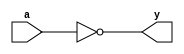
// input external delay: 4 ns
// in delay: 0.011365 ns
// input delay: 0.010861 ns
// output delay: 0.175128 ns
// out delay: 0.000627 ns
// total extra delay: 4.197981 ns
// critical path time: 7.906923 ns
// total inverter delay needed: 7.906923 - 4.197981 = 3.708942 ns
// average one inverter delay: 0.03012 ns
// inverters needed: 120

module inverter(input wire a, output wire y);
    not (y, a);
endmodule

module mmu_replica(input wire in, output wire out);
	wire [118:0] interconnections; // Wires to connect inverters

	// Instantiate 72 inverters and chain them
	inverter inv0(in, interconnections[0]);
	inverter inv1(interconnections[0], interconnections[1]);
	inverter inv2(interconnections[1], interconnections[2]);
	inverter inv3(interconnections[2], interconnections[3]);
	inverter inv4(interconnections[3], interconnections[4]);
	inverter inv5(interconnections[4], interconnections[5]);
	inverter inv6(interconnections[5], interconnections[6]);
	inverter inv7(interconnections[6], interconnections[7]);
	inverter inv8(interconnections[7], interconnections[8]);
	inverter inv9(interconnections[8], interconnections[9]);
	inverter inv10(interconnections[9], interconnections[10]);
	inverter inv11(interconnections[10], interconnections[11]);
	inverter inv12(interconnections[11], interconnections[12]);
	inverter inv13(interconnections[12], interconnections[13]);
	inverter inv14(interconnections[13], interconnections[14]);
	inverter inv15(interconnections[14], interconnections[15]);
	inverter inv16(interconnections[15], interconnections[16]);
	inverter inv17(interconnections[16], interconnections[17]);
	inverter inv18(interconnections[17], interconnections[18]);
	inverter inv19(interconnections[18], interconnections[19]);
	inverter inv20(interconnections[19], interconnections[20]);
	inverter inv21(interconnections[20], interconnections[21]);
	inverter inv22(interconnections[21], interconnections[22]);
	inverter inv23(interconnections[22], interconnections[23]);
	inverter inv24(interconnections[23], interconnections[24]);
	inverter inv25(interconnections[24], interconnections[25]);
	inverter inv26(interconnections[25], interconnections[26]);
	inverter inv27(interconnections[26], interconnections[27]);
	inverter inv28(interconnections[27], interconnections[28]);
	inverter inv29(interconnections[28], interconnections[29]);
	inverter inv30(interconnections[29], interconnections[30]);
	inverter inv31(interconnections[30], interconnections[31]);
	inverter inv32(interconnections[31], interconnections[32]);
	inverter inv33(interconnections[32], interconnections[33]);
	inverter inv34(interconnections[33], interconnections[34]);
	inverter inv35(interconnections[34], interconnections[35]);
	inverter inv36(interconnections[35], interconnections[36]);
	inverter inv37(interconnections[36], interconnections[37]);
	inverter inv38(interconnections[37], interconnections[38]);
	inverter inv39(interconnections[38], interconnections[39]);
	inverter inv40(interconnections[39], interconnections[40]);
	inverter inv41(interconnections[40], interconnections[41]);
	inverter inv42(interconnections[41], interconnections[42]);
	inverter inv43(interconnections[42], interconnections[43]);
	inverter inv44(interconnections[43], interconnections[44]);
	inverter inv45(interconnections[44], interconnections[45]);
	inverter inv46(interconnections[45], interconnections[46]);
	inverter inv47(interconnections[46], interconnections[47]);
	inverter inv48(interconnections[47], interconnections[48]);
	inverter inv49(interconnections[48], interconnections[49]);
	inverter inv50(interconnections[49], interconnections[50]);
	inverter inv51(interconnections[50], interconnections[51]);
	inverter inv52(interconnections[51], interconnections[52]);
	inverter inv53(interconnections[52], interconnections[53]);
	inverter inv54(interconnections[53], interconnections[54]);
	inverter inv55(interconnections[54], interconnections[55]);
	inverter inv56(interconnections[55], interconnections[56]);
	inverter inv57(interconnections[56], interconnections[57]);
	inverter inv58(interconnections[57], interconnections[58]);
	inverter inv59(interconnections[58], interconnections[59]);
	inverter inv60(interconnections[59], interconnections[60]);
	inverter inv61(interconnections[60], interconnections[61]);
	inverter inv62(interconnections[61], interconnections[62]);
	inverter inv63(interconnections[62], interconnections[63]);
	inverter inv64(interconnections[63], interconnections[64]);
	inverter inv65(interconnections[64], interconnections[65]);
	inverter inv66(interconnections[65], interconnections[66]);
	inverter inv67(interconnections[66], interconnections[67]);
	inverter inv68(interconnections[67], interconnections[68]);
	inverter inv69(interconnections[68], interconnections[69]);
	inverter inv70(interconnections[69], interconnections[70]);
	inverter inv71(interconnections[70], interconnections[71]);
	inverter inv72(interconnections[71], interconnections[72]);
	inverter inv73(interconnections[72], interconnections[73]);
	inverter inv74(interconnections[73], interconnections[74]);
	inverter inv75(interconnections[74], interconnections[75]);
	inverter inv76(interconnections[75], interconnections[76]);
	inverter inv77(interconnections[76], interconnections[77]);
	inverter inv78(interconnections[77], interconnections[78]);
	inverter inv79(interconnections[78], interconnections[79]);
	inverter inv80(interconnections[79], interconnections[80]);
	inverter inv81(interconnections[80], interconnections[81]);
	inverter inv82(interconnections[81], interconnections[82]);
	inverter inv83(interconnections[82], interconnections[83]);
	inverter inv84(interconnections[83], interconnections[84]);
	inverter inv85(interconnections[84], interconnections[85]);
	inverter inv86(interconnections[85], interconnections[86]);
	inverter inv87(interconnections[86], interconnections[87]);
	inverter inv88(interconnections[87], interconnections[88]);
	inverter inv89(interconnections[88], interconnections[89]);
	inverter inv90(interconnections[89], interconnections[90]);
	inverter inv91(interconnections[90], interconnections[91]);
	inverter inv92(interconnections[91], interconnections[92]);
	inverter inv93(interconnections[92], interconnections[93]);
	inverter inv94(interconnections[93], interconnections[94]);
	inverter inv95(interconnections[94], interconnections[95]);
	inverter inv96(interconnections[95], interconnections[96]);
	inverter inv97(interconnections[96], interconnections[97]);
	inverter inv98(interconnections[97], interconnections[98]);
	inverter inv99(interconnections[98], interconnections[99]);
	inverter inv100(interconnections[99], interconnections[100]);
	inverter inv101(interconnections[100], interconnections[101]);
	inverter inv102(interconnections[101], interconnections[102]);
	inverter inv103(interconnections[102], interconnections[103]);
	inverter inv104(interconnections[103], interconnections[104]);
	inverter inv105(interconnections[104], interconnections[105]);
	inverter inv106(interconnections[105], interconnections[106]);
	inverter inv107(interconnections[106], interconnections[107]);
	inverter inv108(interconnections[107], interconnections[108]);
	inverter inv109(interconnections[108], interconnections[109]);
	inverter inv110(interconnections[109], interconnections[110]);
	inverter inv111(interconnections[110], interconnections[111]);
	inverter inv112(interconnections[111], interconnections[112]);
	inverter inv113(interconnections[112], interconnections[113]);
	inverter inv114(interconnections[113], interconnections[114]);
	inverter inv115(interconnections[114], interconnections[115]);
	inverter inv116(interconnections[115], interconnections[116]);
	inverter inv117(interconnections[116], interconnections[117]);
	inverter inv118(interconnections[117], interconnections[118]);
	inverter inv119(interconnections[118], out);
endmodule